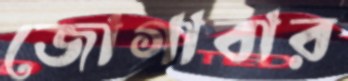
জোগাবার